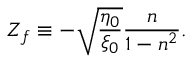
Z _ { f } \equiv - \sqrt { \frac { \eta _ { 0 } } { \xi _ { 0 } } } \frac { n } { 1 - n ^ { 2 } } .